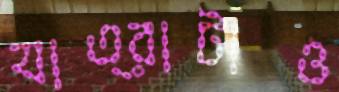
যাত্রাটাও